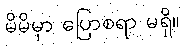
မိမိမှာ ပြောစရာ မရှိ။